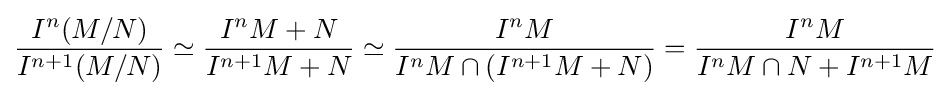
{I^{n}(M/N) \over I^{n+1}(M/N)}\simeq {I^{n}M+N \over I^{n+1}M+N}\simeq {I^{n}M \over I^{n}M\cap (I^{n+1}M+N)}={I^{n}M \over I^{n}M\cap N+I^{n+1}M}